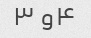
۴و ۳